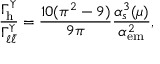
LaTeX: \frac { \Gamma _ { \mathrm { h } } ^ { \Upsilon } } { \Gamma _ { \ell \bar { \ell } } ^ { \Upsilon } } = \frac { 1 0 ( \pi ^ { 2 } - 9 ) } { 9 \pi } \frac { \alpha _ { s } ^ { 3 } ( \mu ) } { \alpha _ { \mathrm { e m } } ^ { 2 } } ,